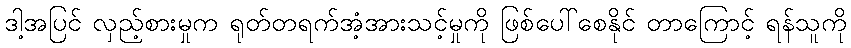
ဒါ့အပြင် လှည့်စားမှုက ရုတ်တရက်အံ့အားသင့်မှုကို ဖြစ်ပေါ်စေနိုင် တာကြောင့် ရန်သူကို